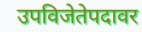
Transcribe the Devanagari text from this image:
उपविजेतेपदावर